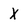
Character: X